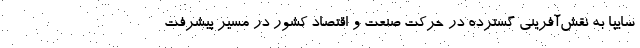
سايپا به نقش‌آفريني گسترده در حركت صنعت و اقتصاد كشور در مسير پيشرفت